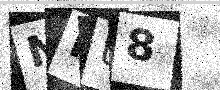
Text: NIU8